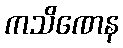
ကသိဏေန